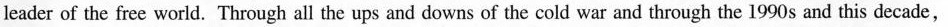
leader of the free world. Through all the ups and downs of the cold war and through the 1990 s and this decade,